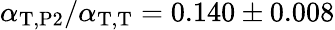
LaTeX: \alpha_{\mathrm{T},\mathrm{P2}}/\alpha_{\mathrm{T},\mathrm{T}}=0.140\pm 0.008